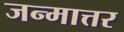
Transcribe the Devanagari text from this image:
जन्मात्तर